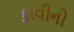
કાવીનો